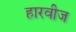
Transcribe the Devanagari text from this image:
हारवीज